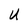
Character: U